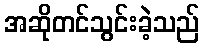
အဆိုတင်သွင်းခဲ့သည်